Scientific memoirs by medical officers of the Army of India - Part VII,
Year: 1892
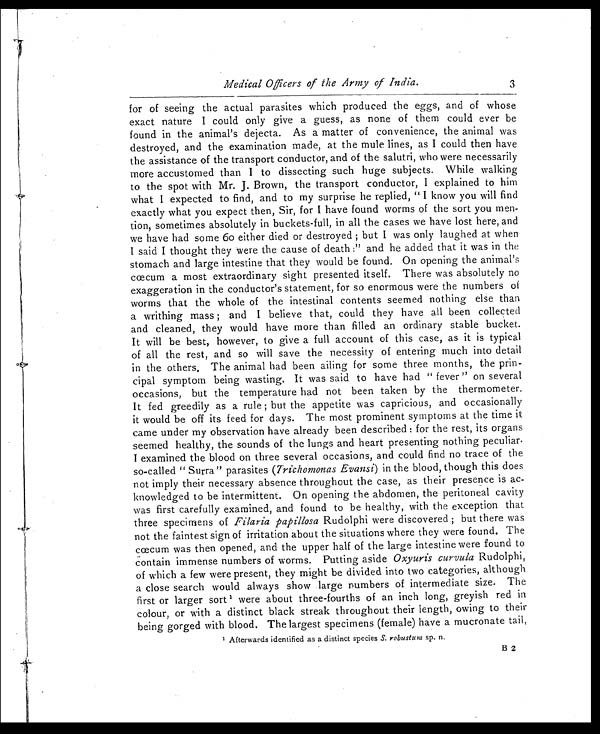
Medical Officers of the Army of India .
for of seeing the actual parasites which produced the eggs, and of whose
exact nature I could only give a guess, as none of them could ever be
found in the animal's dejecta. As a matter of convenience, the animal was
destroyed, and the examination made, at the mule lines, as I could then have
the assistance of the transport conductor, and of the salutri, who were necessarily
more accustomed than I to dissecting such huge subjects. While walking
to the spot with Mr. J. Brown, the transport conductor, I explained to him
what I expected to find, and to my surprise he replied, " I know you will find
exactly what you expect then, Sir, for I have found worms of the sort you men-
tion, sometimes absolutely in buckets-full, in all the cases we have lost here, and
we have had some 60 either died or destroyed; but I was only laughed at when
I said I thought they were the cause of death :" and he added that it was in the
stomach and large intestine that they would be found. On opening the animal's
cœcum a most extraordinary sight presented itself. There was absolutely no
exaggeration in the conductor's statement, for so enormous were the numbers of
worms that the whole of the intestinal contents seemed nothing else than
a writhing mass; and I believe that, could they have all been collected
and cleaned, they would have more than filled an ordinary stable bucket.
It will be best, however, to give a full account of this case, as it is typical
of all the rest, and so will save the necessity of entering much into detail
in the others. The animal had been ailing for some three months, the prin-
cipal symptom being wasting. It was said to have had " fever" on several
occasions, but the temperature had not been taken by the thermometer.
It fed greedily as a rule ; but the appetite was capricious, and occasionally
it would be off its feed for days. The most prominent symptoms at the time it
came under my observation have already been described : for the rest, its organs
seemed healthy, the sounds of the lungs and heart presenting nothing peculiar.
I examined the blood on three several occasions, and could Find no trace of the
so-called " Surra" parasites (Trichomonas Evans) in the blood, though this does
not imply their necessary absence throughout the case, as their presence is ac-
knowledged to be intermittent. On opening the abdomen, the peritoneal cavity
was first carefully examined, and found to be healthy, with the exception that
three specimens of Filaria papillosa Rudolphi were discovered; but there was
not the faintest sign of irritation about the situations where they were found. The
cœcum was then opened, and the upper half of the large intestine were found to
contain immense numbers of worms. Putting aside Oxyuris curvula Rudolphi,
of which a few were present, they might be divided into two categories, although
a close search would always show large numbers of intermediate size. The
first or larger sort were about three-fourths of an inch long, greyish red in
colour, or with a distinct black streak throughout their length, owing to their
being gorged with blood. The largest specimens (female) have a mucronate tail,
1 Afterwards identified as a distinct species S. robustunz sp. n .
3
B 2